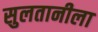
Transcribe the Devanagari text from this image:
सुलतानीला